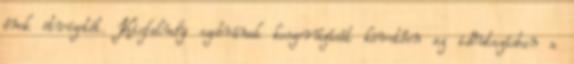
ének ötvözetét. Kisfaludy szobrának koszorúzását követően az időutazásban a